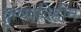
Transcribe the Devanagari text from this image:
कृष्णविहीन